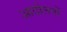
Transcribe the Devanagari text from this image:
आदोलनों